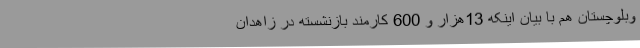
وبلوچستان هم با بیان اینکه 13هزار و 600 کارمند بازنشسته در زاهدان